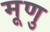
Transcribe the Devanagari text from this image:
मूणु